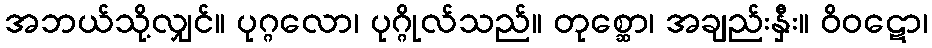
အဘယ်သို့လျှင်။ ပုဂ္ဂလော၊ ပုဂ္ဂိုလ်သည်။ တုစ္ဆော၊ အချည်းနှီး။ ဝိဝဋော၊